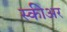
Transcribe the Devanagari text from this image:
स्कीअर